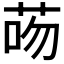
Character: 𦮶